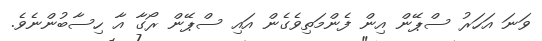
ވަނަ އަހަރު ސްޕޭން އިން ފެންމަތިވެގެން އައި ސްޕޭން ރޯގާ އާ ހިސާބުންނެވެ.